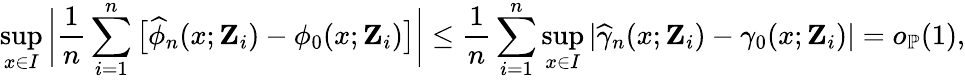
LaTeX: \operatorname*{sup}_{x\in I}\bigg|\frac{1}{n}\sum_{i=1}^{n}\big[\widehat{\phi}_{n}(x;\mathbf{Z}_{i})-\phi_{0}(x;\mathbf{Z}_{i})\big]\bigg|\leq\frac{1}{n}\sum_{i=1}^{n}\operatorname*{sup}_{x\in I}|\widehat{\gamma}_{n}(x;\mathbf{Z}_{i})-\gamma_{0}(x;\mathbf{Z}_{i})|=o_{\mathbb{P}}(1),